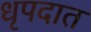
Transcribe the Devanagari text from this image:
धृपदात